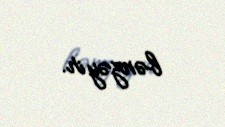
bənzəyir.